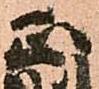
正